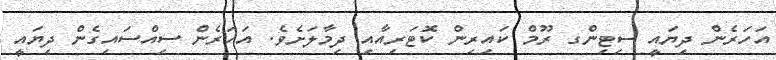
އަހަރެން ދިޔައީ ސިޓިންގ ރޫމް ކައިރިން ކޮޓަރިއާއި ދިމާލަށެވެ. އަހަރެން ސިއްސައިގެން ދިޔައީ